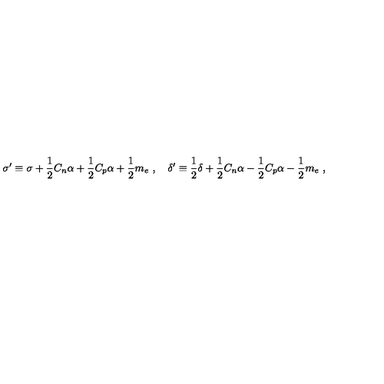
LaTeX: \sigma ^ { \prime } \equiv \sigma + { \frac { 1 } { 2 } } C _ { n } \alpha + { \frac { 1 } { 2 } } C _ { p } \alpha + { \frac { 1 } { 2 } } m _ { e } \ , \quad \delta ^ { \prime } \equiv { \frac { 1 } { 2 } } \delta + { \frac { 1 } { 2 } } C _ { n } \alpha - { \frac { 1 } { 2 } } C _ { p } \alpha - { \frac { 1 } { 2 } } m _ { e } \ ,